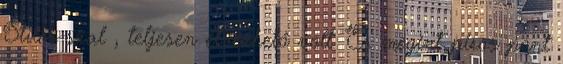
Stiles-szal , teljesen élvezhető volt. És megint piros pont